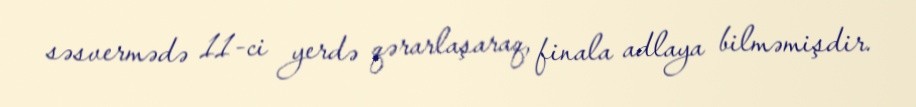
səsvermədə 11-ci yerdə qərarlaşaraq, finala adlaya bilməmişdir.